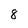
Character: 8